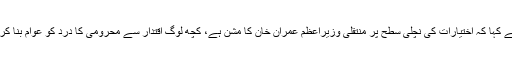
معاون خصوصی نے کہا کہ اختیارات کی نچلی سطح پر منتقلی وزیراعظم عمران خان کا مشن ہے، کچھ لوگ اقتدار سے محرومی کا درد کو عوام بنا کر پیش کر رہے ہیں۔